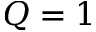
Q = 1